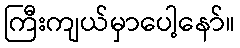
ကြီးကျယ်မှာပေါ့နော်။